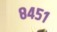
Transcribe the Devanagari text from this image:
८४५१